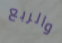
والربع